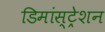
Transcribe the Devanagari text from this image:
डिमांस्ट्रेशन